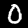
Digit: 0